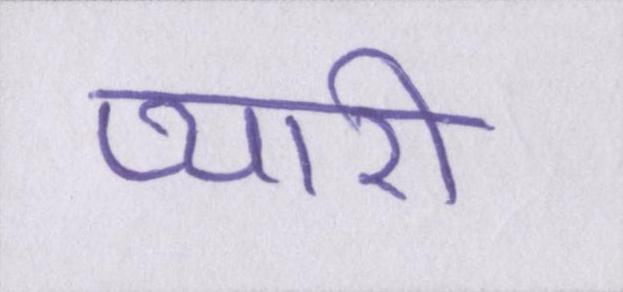
प्यारी